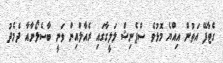
ގެޓާފޭ އަތުން އިއްޔެ މޮޅުވެ ސްޕެނިޝް ލަލީގާގައި ރެއާލްއިން ވަނީ ބާސެލޯނާއާ ދެމެދު